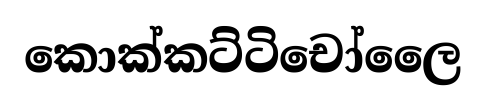
කොක්කට්ටිචෝලෛ